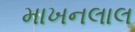
માખનલાલ